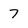
Character: 7